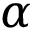
\alpha